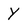
Character: Y